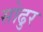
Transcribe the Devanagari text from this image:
सोढुर